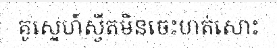
គូស្នេហ៍ស្វីតមិនចេះហត់សោះ